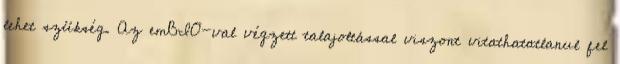
lehet szükség. Az emBIO-val végzett talajoltással viszont vitathatatlanul fel